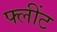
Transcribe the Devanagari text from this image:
फ्लींट